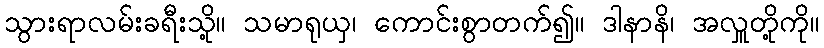
သွားရာလမ်းခရီးသို့။ သမာရုယှ၊ ကောင်းစွာတက်၍။ ဒါနာနိ၊ အလှူတို့ကို။